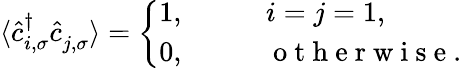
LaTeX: \langle\hat{c}_{i,\sigma}^{\dagger}\hat{c}_{j,\sigma}^{\phantom{\dagger}}\rangle=\left\{ \begin{array}{ll}{1,\qquad}&{i=j=1,}\\ {0,}&{\mathrm{~o~t~h~e~r~w~i~s~e~}.}\end{array}\right.